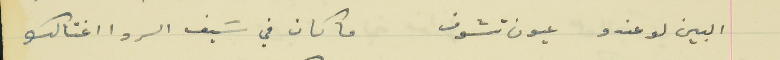
البين لو عندو عيون تشوف                                  ما كان في سَيف الرد اغتالك